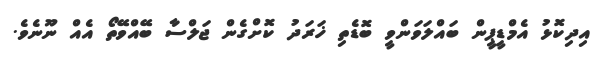
އިދިކޮޅު އެމްޑީޕީން ބައްލަވަންވީ ބޮޑެތި ޚަރަދު ކޮށްގެން ޖަލްސާ ބޭއްވޭތޯ އެއް ނޫނެވެ.